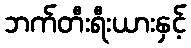
ဘက်တီးရီးယားနှင့်